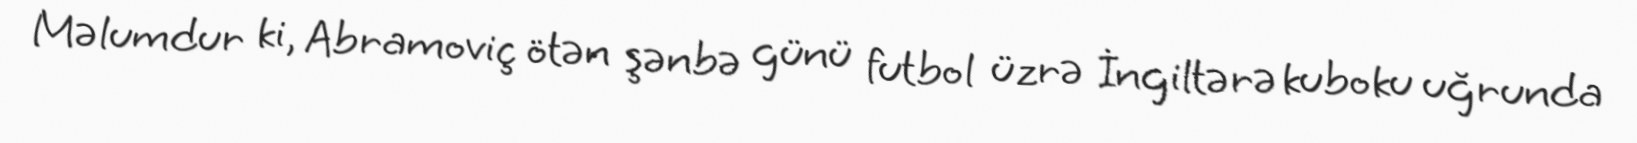
Məlumdur ki, Abramoviç ötən şənbə günü futbol üzrə İngiltərə kuboku uğrunda